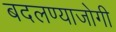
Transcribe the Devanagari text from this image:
बदलण्याजोगी